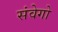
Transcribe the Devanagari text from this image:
संवेगो